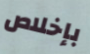
بإخلاص